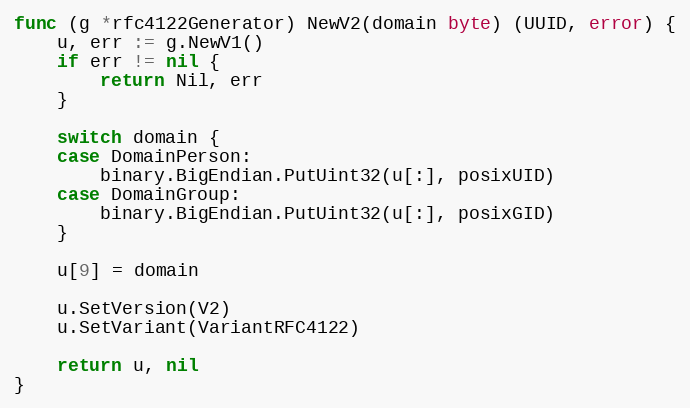
Language: Go
func (g *rfc4122Generator) NewV2(domain byte) (UUID, error) {
	u, err := g.NewV1()
	if err != nil {
		return Nil, err
	}

	switch domain {
	case DomainPerson:
		binary.BigEndian.PutUint32(u[:], posixUID)
	case DomainGroup:
		binary.BigEndian.PutUint32(u[:], posixGID)
	}

	u[9] = domain

	u.SetVersion(V2)
	u.SetVariant(VariantRFC4122)

	return u, nil
}